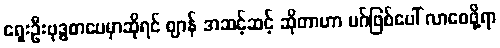
ရှေးဦးဗုဒ္ဓစာပေမှာဆိုရင် ဈာန် အဆင့်ဆင့် ဆိုတာဟာ မဂ်ဖြစ်ပေါ် လာစေဖို့ရာ